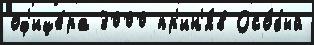
оф'ице́ра 3000 пр'ин'я́в Осо́бый